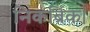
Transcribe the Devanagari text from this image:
निकर्ब्रिक।